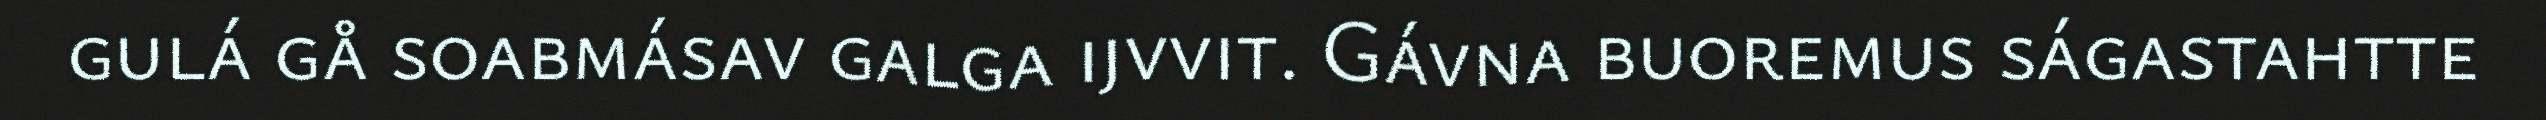
gulá gå soabmásav galga ijvvit. Gávna buoremus ságastahtte